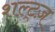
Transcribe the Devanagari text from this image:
शल्ट्ज़